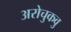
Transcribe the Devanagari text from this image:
अरोचुकवु